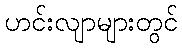
ဟင်းလျာများတွင်